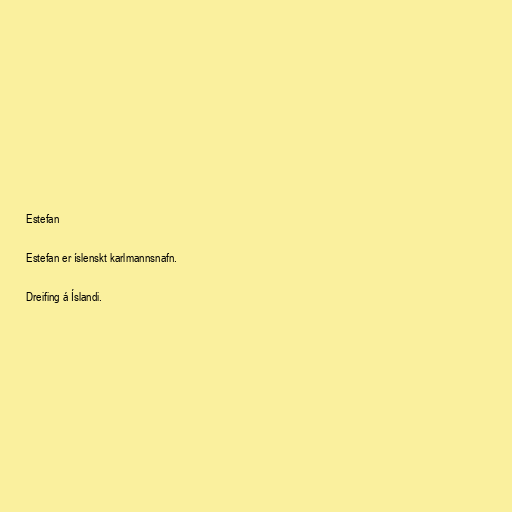
Estefan

Estefan er íslenskt karlmannsnafn.

Dreifing á Íslandi.